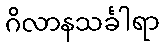
ဂိလာနသင်္ခါရာ